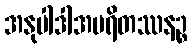
အနုပါဒါအပရိတဿနဉ္စ